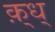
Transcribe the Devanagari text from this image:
क़्ध्